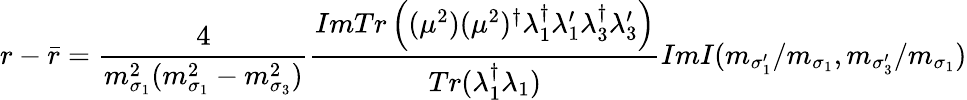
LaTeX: r-\bar{r}=\frac{4}{m_{\sigma_{1}}^{2}(m_{\sigma_{1}}^{2}-m_{\sigma_{3}}^{2})}\frac{ImTr\left((\mu^{2})(\mu^{2})^{\dagger}\lambda_{1}^{\dagger}\lambda_{1}^{\prime}\lambda_{3}^{\dagger}\lambda_{3}^{\prime}\right)}{Tr(\lambda_{1}^{\dagger}\lambda_{1})}ImI(m_{\sigma_{1}^{\prime}}/m_{\sigma_{1}},m_{\sigma_{3}^{\prime}}/m_{\sigma_{1}})